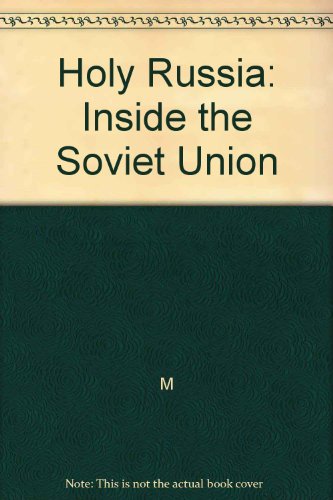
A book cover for Holy Russia: Inside the Soviet Union; Father Mitrophan; Christian Books & Bibles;